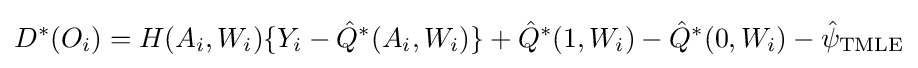
D^{*}(O_{i})=H(A_{i},W_{i})\{Y_{i}-{\hat {Q}}^{*}(A_{i},W_{i})\}+{\hat {Q}}^{*}(1,W_{i})-{\hat {Q}}^{*}(0,W_{i})-{\hat {\psi }}_{\text{TMLE}}